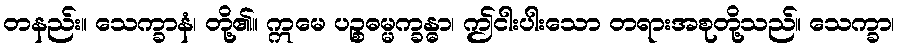
တနည်း။ သေက္ခာနံ၊ တို့၏။ ဣမေ ပဉ္စဓမ္မက္ခန္ဓာ၊ ဤငါးပါးသော တရားအစုတို့သည်။ သေက္ခာ၊